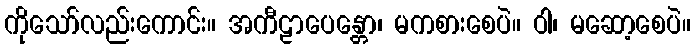
ကိုသော်လည်းကောင်း။ အကီဠာပေန္တော၊ မကစားစေပဲ။ ဝါ၊ မဆော့စေပဲ။